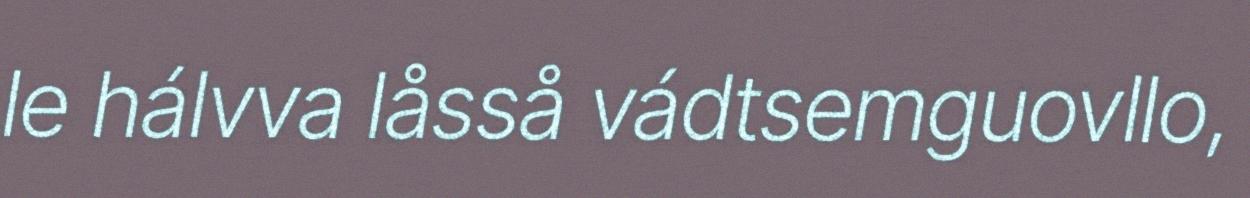
le hálvva låsså vádtsemguovllo,